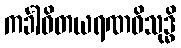
ကင်္ခါဝိတယရဏဝိသုဒ္ဓိ